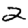
Digit: 2